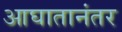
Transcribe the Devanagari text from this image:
आघातानंतर